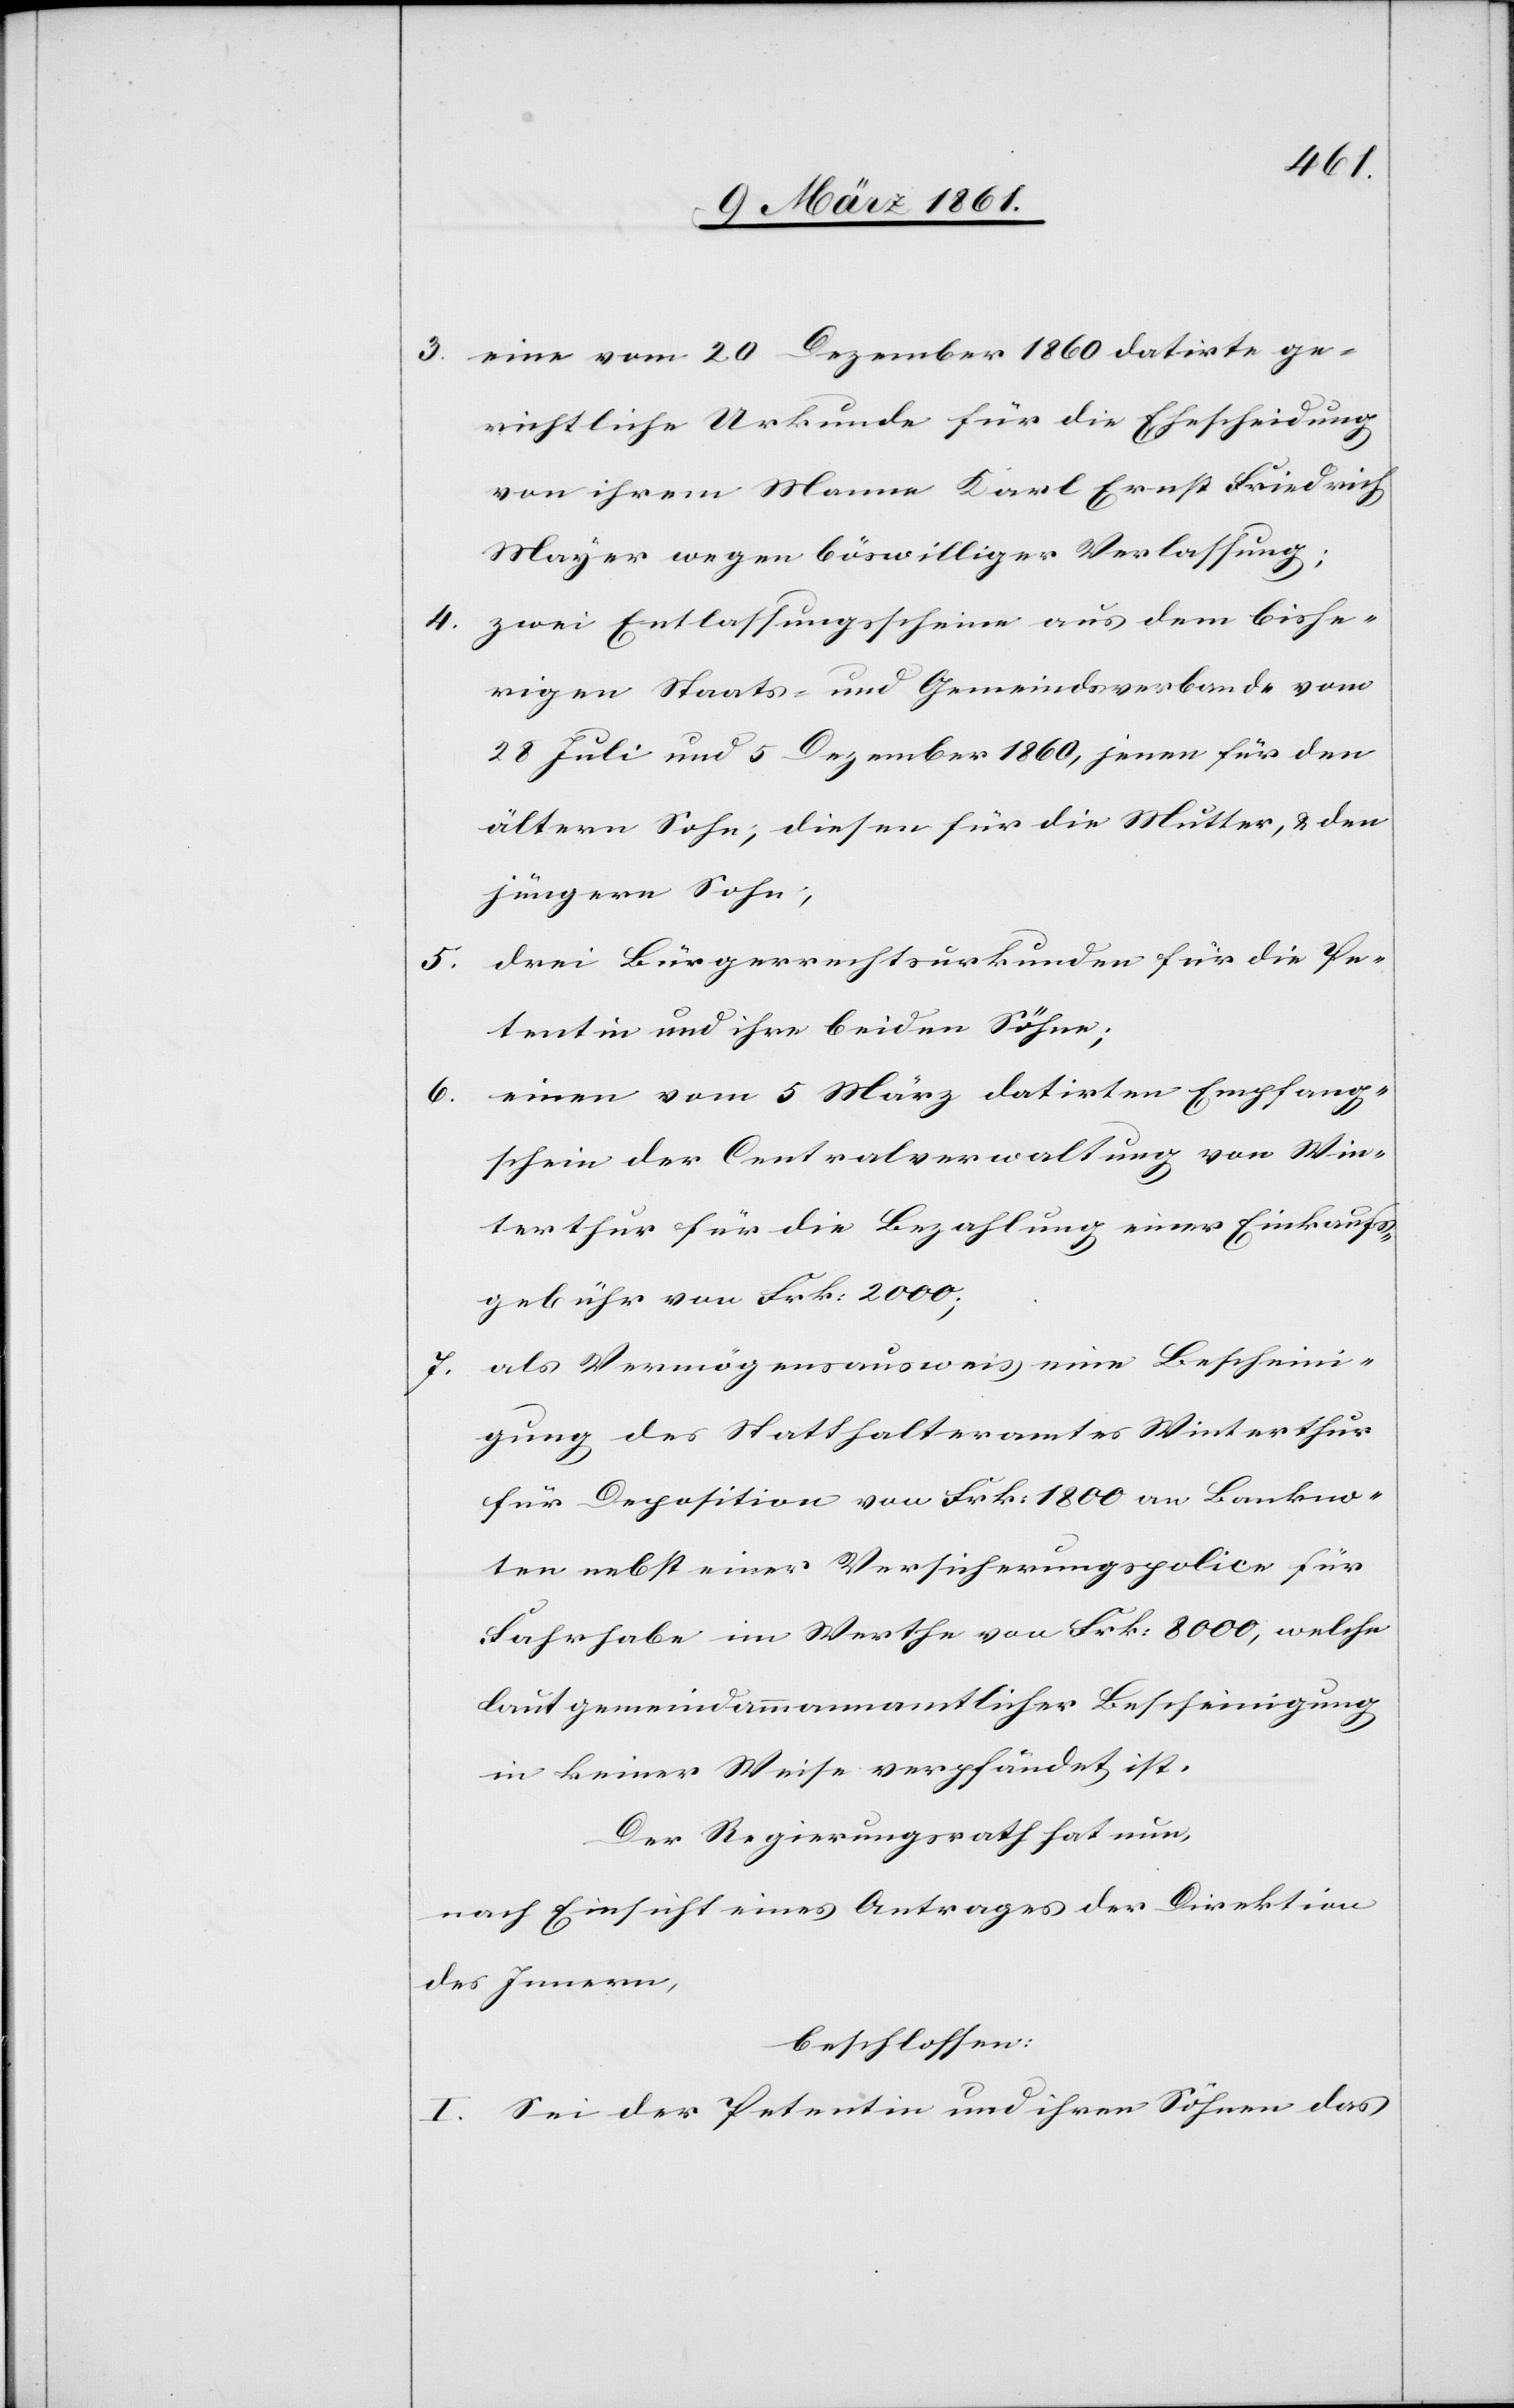
5.

3. eine vom 20 Dezember 1830 datirte ge¬
richtliche Urkunde für die Ehescheidung
von ihrem Manne Karl Ernst Friedrich
Mayer wegen böswilliger Verlassung;
4. zwei Entlassungsscheine aus dem bishe¬
rigen Staats- und Gemeindsverbande vom
28 Juli und 5 Dezember 1860, jenen für den
ältern Sohn; diesen für die Mutter, u. den
jüngern Sohn;
drei Bürgerrechtsurkunden für die Pe¬
tentin und ihre beiden Söhne;
einen vom 5 März datirten Empfang¬
schein der Centralverwaltung von Win¬
terthur für die Bezahlung einer Einkaufs¬
gebühr von Frk: 2000:
7. als Vermögensausweis eine Bescheini¬
gung des Statthalteramtes Winterthur
für Deposition von Frk: 1800, welche
laut gemeindammannamtlicher Bescheinigung
in keiner Weise verpfändet ist.
Der Regierungsrath hat nun;
nach Einsicht eines Antrages der Direktion
des Innern,
beschlossen:
I. Sei der Petentin und ihren Söhnen das